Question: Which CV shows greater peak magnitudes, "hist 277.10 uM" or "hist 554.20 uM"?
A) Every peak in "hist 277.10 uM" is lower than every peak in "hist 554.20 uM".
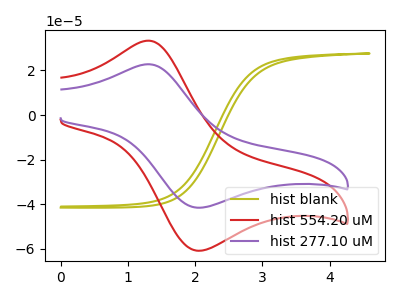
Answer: <think>The olive curve "hist blank" has no peaks. The red curve "hist 554.20 uM" has an anodic peak at (1.30V, 33.35uA) and a cathodic peak at (2.10V, -60.85uA). The purple curve "hist 277.10 uM" has an anodic peak at (1.30V, 22.80uA) and a cathodic peak at (2.10V, -41.55uA).</think>
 <answer>A) Every peak in "hist 277.10 uM" is lower than every peak in "hist 554.20 uM".</answer>
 <eval>A</eval>